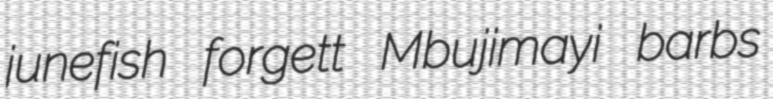
junefish forgett Mbujimayi barbs